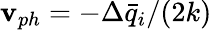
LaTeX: \mathbf{v}_{ph}=-\Delta\bar{{q}}_{i}/(2k)